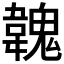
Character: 𩏐